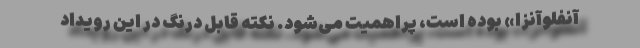
آنفلوآنزا» بوده است، پراهمیت می‌شود. نکته قابل درنگ در این رویداد